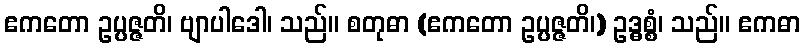
ဧကတော ဥပ္ပဇ္ဇတိ၊ ဗျာပါဒေါ၊ သည်။ စတုဓာ (ဧကတော ဥပ္ပဇ္ဇတိ၊) ဥဒ္ဓစ္စံ၊ သည်။ ဧကဓာ